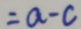
= a - c